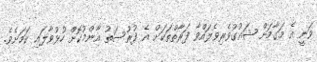
ވަނީ އެ މަގާމަށް ޝައުގުވެރިވެލައްވާ ފަރާތްތަކަށް އެ ފުރުސަތު އާންމުކޮށް ހުޅުވާލައި ކަމަށެވެ.